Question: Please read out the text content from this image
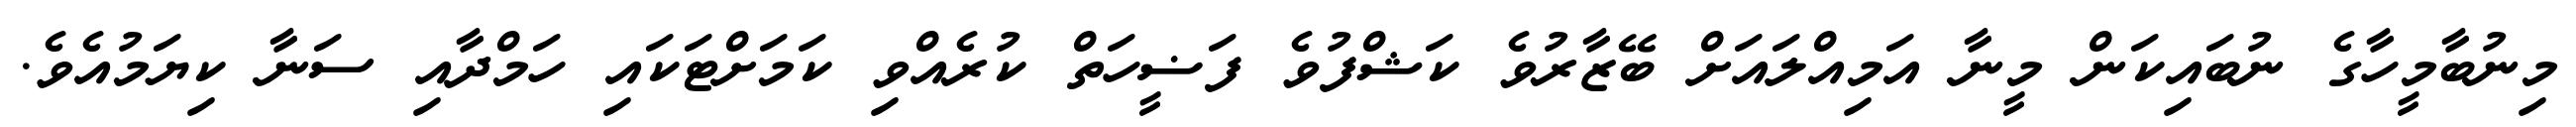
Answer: މިނުބާމީހާގެ ނުބައިކަން މީނާ އަމިއްލައަށް ބޭޒާރުވެ ކަޝްފުވެ ފަޟީހަތް ކުރެއްވި ކަމަށްޓަކައި ހަމްދާއި ސަނާ ކިޔަމުއެވެ.